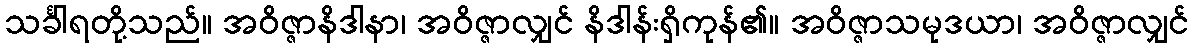
သင်္ခါရတို့သည်။ အဝိဇ္ဇာနိဒါနာ၊ အဝိဇ္ဇာလျှင် နိဒါန်းရှိကုန်၏။ အဝိဇ္ဇာသမုဒယာ၊ အဝိဇ္ဇာလျှင်